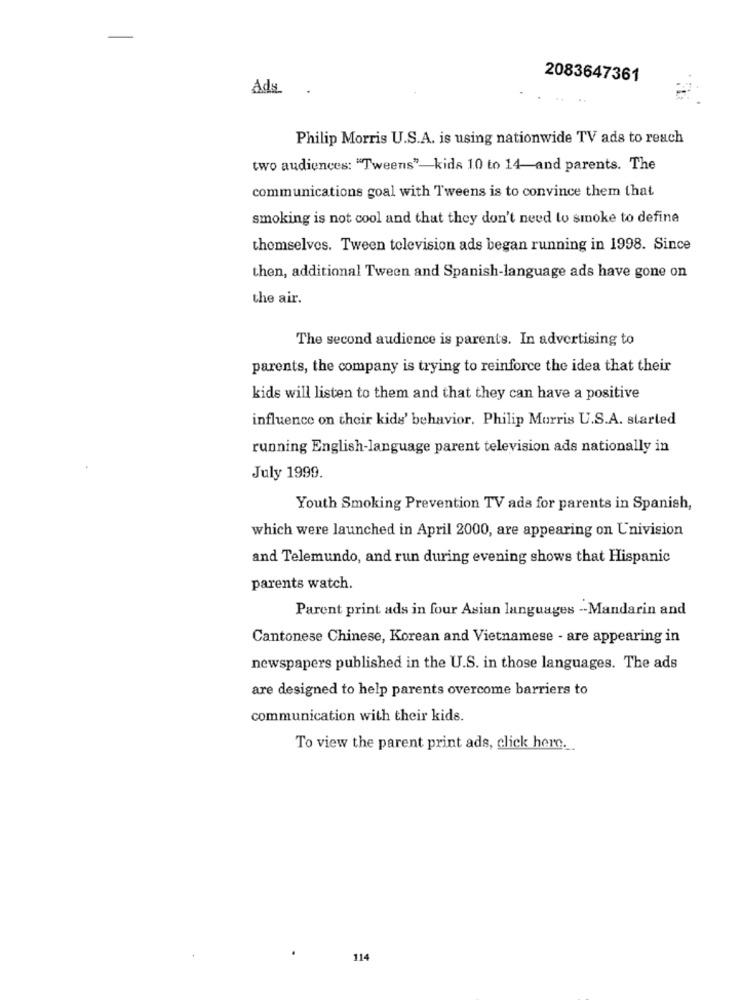
2083647361
Ads
Philip Morris U.S.A. is using nationwide TV ads to reach
two audiences: "Tweens"-kids 10 to 14-and parents. The
communications goal with Tweens is to convince them that
smoking is not cool and that they don't need to smoke to define
themselves. Tween television ads began running in 1998. Since
then, additional Tween and Spanish-language ads have gone on
the air.
The second audience is parents. In advertising to
parents, the company is trying to reinforce the idea that their
kids will listen to them and that they can have a positive
influence on their kids' behavior. Philip Morris U.S.A. started
running English-language parent television ads nationally in
July 1999.
Youth Smoking Prevention TV ads for parents in Spanish,
which were launched in April 2000, are appearing on Univision
and Telemundo, and run during evening shows that Hispanic
parents watch.
Parent print ads in four Asian languages -Mandarin and
Cantonese Chinese, Korean and Vietnamese - are appearing in
newspapers published in the U.S. in those languages. The ads
are designed to help parents overcome barriers to
communication with their kids.
To view the parent print ads, click hem.
114